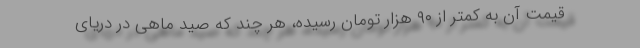
قیمت آن به کمتر از ۹۰ هزار تومان رسیده، هر چند که صید ماهی در دریای